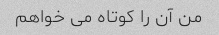
من آن را کوتاه می خواهم